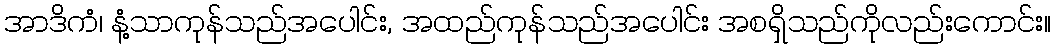
အာဒိကံ၊ နံ့သာကုန်သည်အပေါင်း, အထည်ကုန်သည်အပေါင်း အစရှိသည်ကိုလည်းကောင်း။